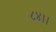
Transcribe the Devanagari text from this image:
८४।।